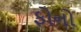
ફોનો